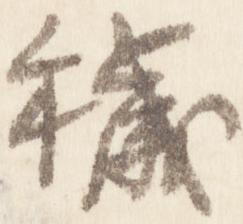
穢